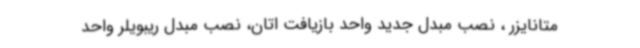
متانایزر ، نصب مبدل جدید واحد بازیافت اتان، نصب مبدل ریبویلر واحد